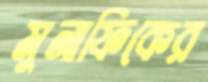
মুনাফিকের